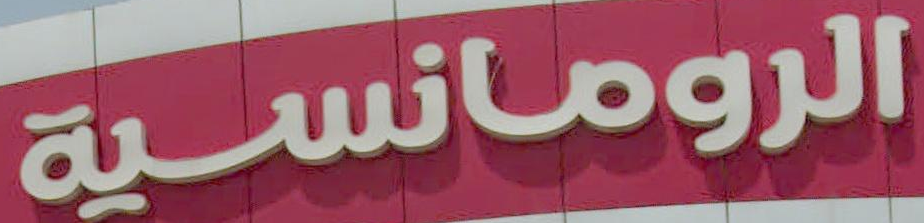
الرومانسية